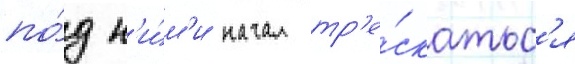
по́д н'и́м'и начал тр'е́скатьс'я